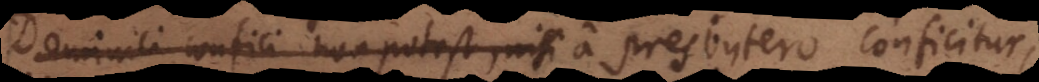
ici confici non potest, nisi a presbytero conficitur.